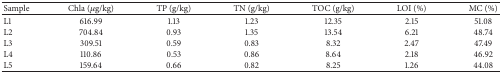
| Sample | Chla (μg/kg) | TP (g/kg) | TN (g/kg) | TOC (g/kg) | LOI (%) | MC (%) |
 | --- | --- | --- | --- | --- | --- | --- |
 | L1 | 616.99 | 1.13 | 1.23 | 12.35 | 2.15 | 51.08 |
 | L2 | 704.84 | 0.93 | 1.35 | 13.54 | 6.21 | 48.74 |
 | L3 | 309.51 | 0.59 | 0.83 | 8.32 | 2.47 | 47.49 |
 | L4 | 110.86 | 0.53 | 0.86 | 8.64 | 2.18 | 46.92 |
 | L5 | 159.64 | 0.66 | 0.82 | 8.25 | 1.26 | 44.08 |